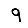
Digit: 9